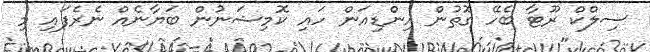
ސިލްކް ރޫޓާ ބެހޭ ގޮތުން އިންޑިއަން ހައި ކޮމިޝަނުން ބަޔާނެއް ނެރެފައި މި